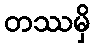
တဿမှိ